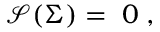
\mathcal { S ( } \Sigma \mathcal { ) = \; } 0 \; ,